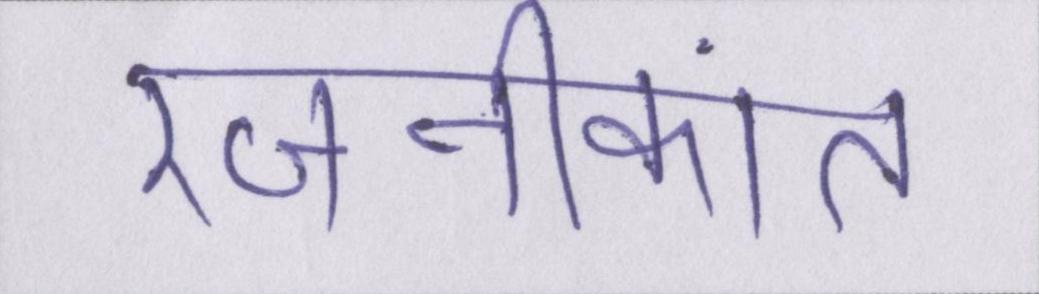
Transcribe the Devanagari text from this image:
रजनीकांत